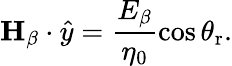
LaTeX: \mathbf{H}_{\beta}\cdot\hat{y}=\frac{E_{\beta}}{\eta_{0}}\cos\theta_{\mathrm{r}}.